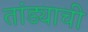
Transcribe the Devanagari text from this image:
तांड्याची